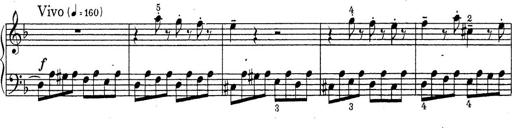
Title: ÄŒeskÃ© Sonatiny
Composer: Various